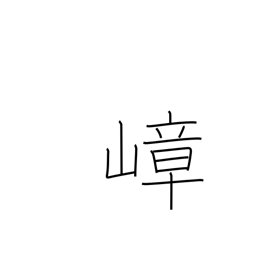
Meaning: lofty